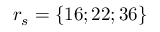
r _ { s } = \{ 1 6 ; 2 2 ; 3 6 \}